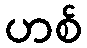
ဟစ်